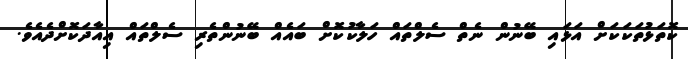
ކޮތަޅުތަކަކަށް އަޅައި ބޭނުން ނެތް ސެލްތައް ހަލާކުކޮށް ބައެއް ބޭނުންތެރި ސެލްތައް އިއާދަކޮށްދެއެވެ.